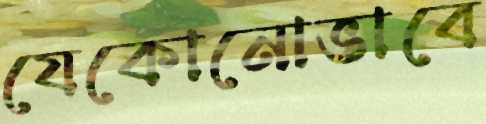
যেকোনোভাবে